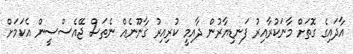
އާދައިގެ ގޮތަށް މާނަކުރާއިރު ފަނޑިޔާރުން ދާއިމީ ކުރިއިރު ގާނޫނެއް ނެތަސް ޖޭއެސްސީން އެކަމަށް